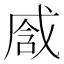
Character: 𢧒